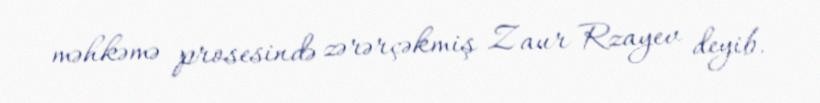
məhkəmə prosesində zərərçəkmiş Zaur Rzayev deyib.